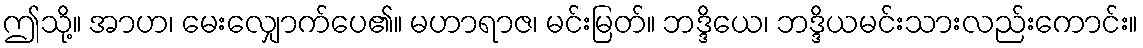
ဤသို့။ အာဟ၊ မေးလျှောက်ပေ၏။ မဟာရာဇ၊ မင်းမြတ်။ ဘဒ္ဒိယေ၊ ဘဒ္ဒိယမင်းသားလည်းကောင်း။